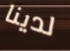
لدينا